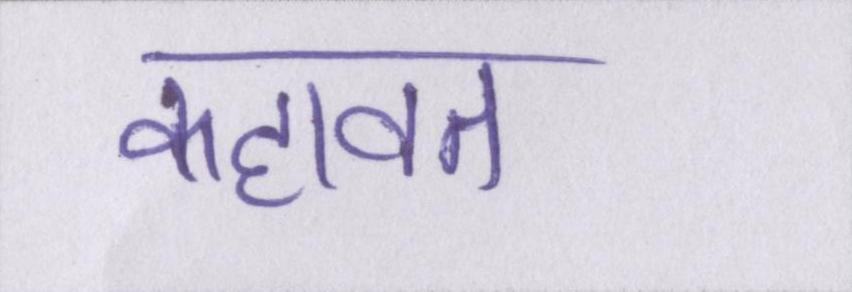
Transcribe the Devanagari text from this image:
कहावत